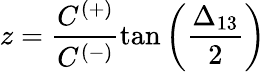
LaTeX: z=\frac{C^{(+)}}{C^{(-)}}\tan{\left(\frac{\Delta_{13}}{2}\right)}